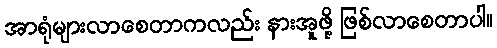
အာရုံများလာစေတာကလည်း နားအူဖို့ ဖြစ်လာစေတာပါ။